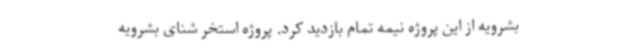
بشرویه از این پروژه نیمه تمام بازدید کرد. پروژه استخر شنای بشرویه